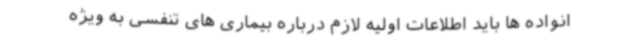
انواده ها باید اطلاعات اولیه لازم درباره بیماری های تنفسی به ویژه